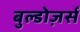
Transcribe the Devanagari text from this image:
बुल्डोज़र्स